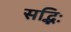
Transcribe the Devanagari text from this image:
सद्भिः